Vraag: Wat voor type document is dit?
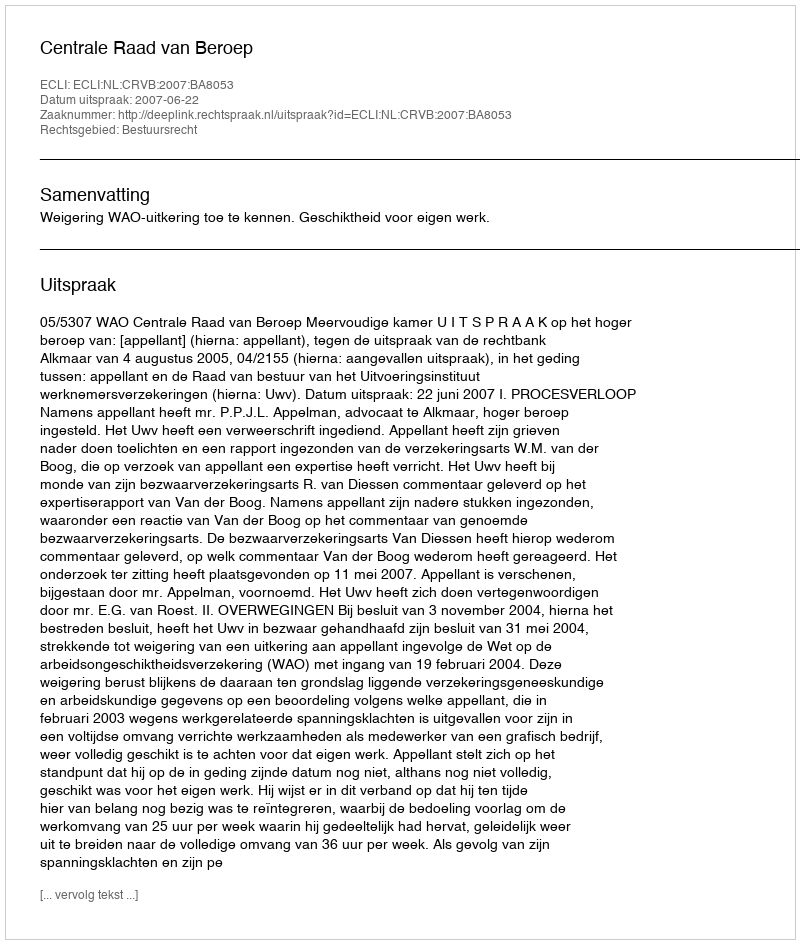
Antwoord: Uitspraak